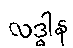
လဒ္ဓါန